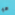
هو